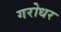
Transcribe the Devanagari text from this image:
गरोधर